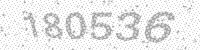
Solution: 180536